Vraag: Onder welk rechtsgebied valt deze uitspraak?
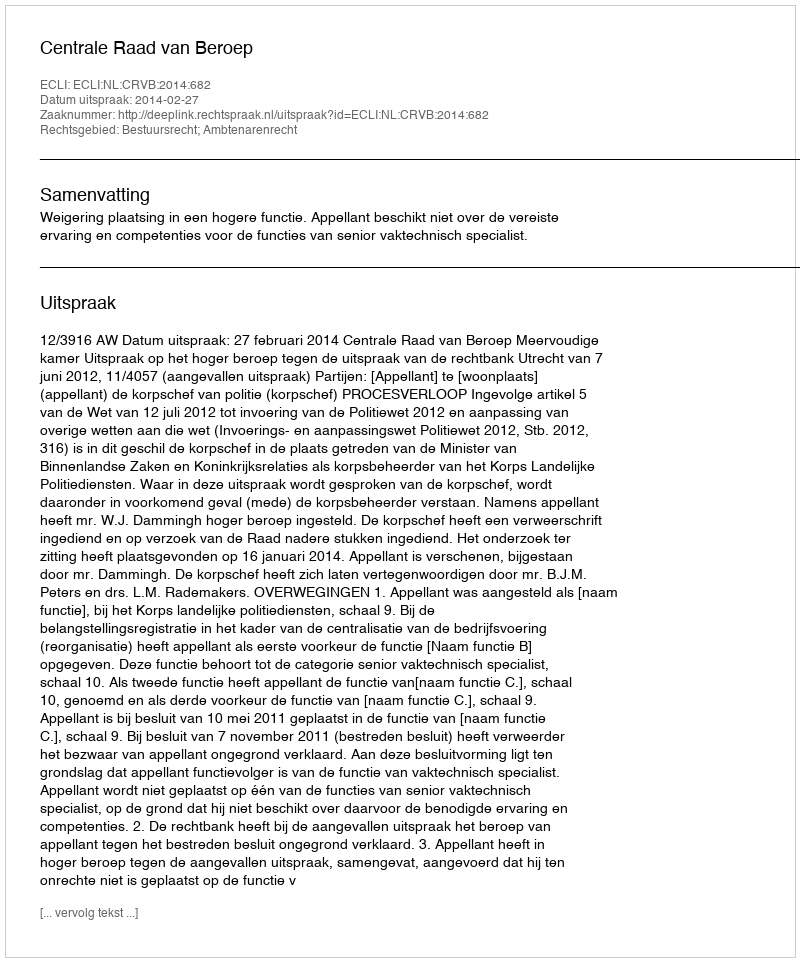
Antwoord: Bestuursrecht; Ambtenarenrecht